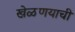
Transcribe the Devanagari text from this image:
खेळणयाची